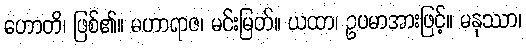
ဟောတိ၊ ဖြစ်၏။ မဟာရာဇ၊ မင်းမြတ်။ ယထာ၊ ဥပမာအားဖြင့်။ မနုဿာ၊